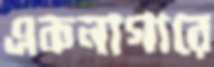
একনাগারে